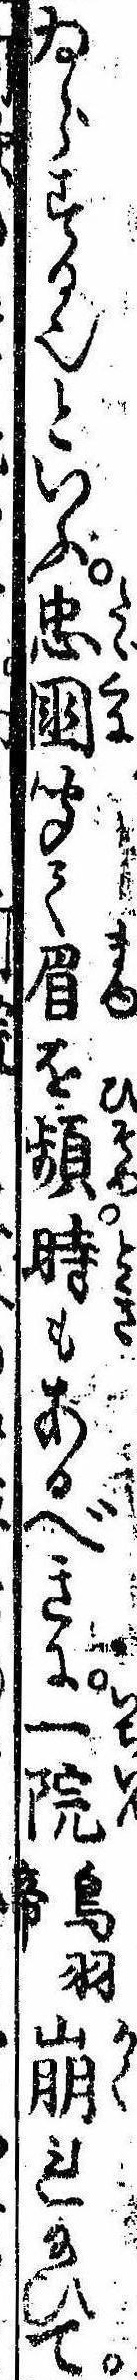
ゐらする也といふ忠国聞て眉を頻時もあるべきに一院鳥羽帝崩れ給ひて